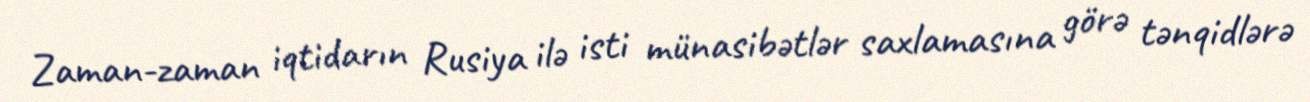
Zaman-zaman iqtidarın Rusiya ilə isti münasibətlər saxlamasına görə tənqidlərə